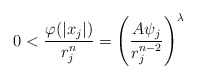
\begin{align*} 0<\frac{\varphi(|x_j|)}{r^{n}_{j}}=\left(\frac{A\psi_j}{r^{n-2}_{j}}\right)^\lambda \end{align*}